Report of the Indian Hemp Drugs Commission, 1894-1895 - Volume VI
Year: 1894
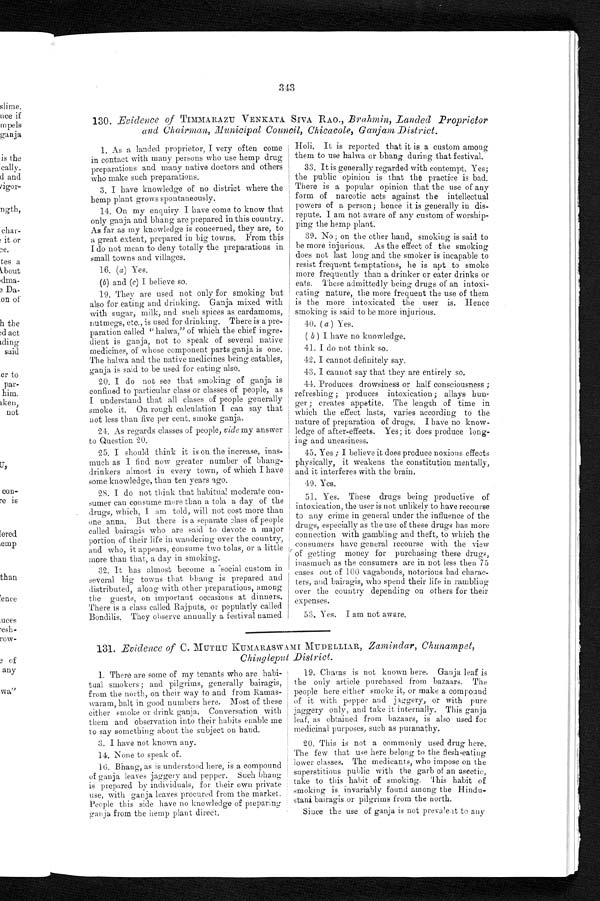
343
130. Evidence of TIMMARAZU VENKATA SIVA RAO., Brahmin, Landed Proprietor
and Chairman, Municipal Council, Chicacole, Ganjam District.
1. As a landed proprietor, I very often come
in contact with many persons who use hemp drug
preparations and many native doctors and others
who make such preparations.
3. I have knowledge of no district where the
hemp plant grows spontaneously.
14. On my enquiry I have come to know that
only ganja and bhang are prepared in this country.
As far as my knowledge is concerned, they are, to
a great extent, prepared in big towns. From this
I do not mean to deny totally the preparations in
small towns and villages.
16. (a) Yes.
( b) and (c) I believe so.
19. They are used not only for smoking but
also for eating and drinking. Ganja mixed with
with sugar, milk, and such spices as cardamoms,
nutmegs, etc., is used for drinking. There is a pre-
paration called "halwa," of which the chief ingre-
dient is ganja, not to speak of several native
medicines, of whose component parts ganja is one.
The halwa and the native medicines being eatables,
ganja is said to be used for eating also.
20. I do not see that smoking of ganja is
confined to particular class or classes of people, as
I understand that all clases of people generally
smoke it. On rough calculation I can say that
not less than five per cent. smoke ganja.
24. As regards classes of people, vide my answer
to Question 20.
25. I should think it is on the increase, inas-
much as I find now greater number of bhang-
drinkers almost in every town, of which I have
some knowledge, than ten years ago.
28. I do not think that habitual moderate con-
sumer can consume more than a tola a day of the
drugs, which, I am told, will not cost more than
one anna. But there is a separate class of people
called bairagis who are said to devote a major
portion of their life in wandering over the country,
and who, it appears, consume two tolas, or a little
more than that, a day in smoking.
32. It has almost become a social custom in
several big towns that bhang is prepared and
distributed, along with other preparations, among
the guests, on important occasions at dinners.
There is a class called Rajputs, or popularly called
Bondilis. They observe annually a festival named
Holi. It is reported that it is a custom among
them to use halwa or bhang during that festival.
33. It is generally regarded with contempt. Yes;
the public opinion is that the practice is bad.
There is a popular opinion that the use of any
form of narcotic acts against the intellectual
powers of a person; hence it is generally in dis-
repute. I am not aware of any custom of worship-
ping the hemp plant.
39. No; on the other hand, smoking is said to
be more injurious. As the effect of the smoking
does not last long and the smoker is incapable to
resist frequent temptations, he is apt to smoke
more frequently than a drinker or eater drinks or
eats. These admittedly being drugs of an intoxi-
cating nature, the more frequent the use of them
is the more intoxicated the user is. Hence
smoking is said to be more injurious.
40. ( a ) Yes.
( b ) I have no knowledge.
41. I do not think so.
42. I cannot definitely say.
43. I cannot say that they are entirely so.
44. Produces drowsiness or half consciousness ;
refreshing ; produces intoxication ; allays hun-
ger ; creates appetite. The length, of time in
which the effect lasts, varies according to the
nature of preparation of drugs. I have no know-
ledge of after-effects. Yes; it does produce long-
ing and uneasiness.
45. Yes ; I believe it does produce noxious effects
physically, it weakens the constitution mentally,
and it interferes with the brain.
49. Yes.
51. Yes. These drugs being productive of
intoxication, the user is not unlikely to have recourse
to any crime in general under the influence of the
drugs, especially as the use of these drugs has more
connection with gambling and theft, to which the
consumers have general recourse with the view
of getting money for purchasing these drugs,
inasmuch as the consumers are in not less then 75
cases out of 100 vagabonds, notorious bad charac-
ters, and bairagis, who spend their life in rambling
over the country depending on others for their
expenses.
53. Yes. I am not aware.
131. Evidence of C. MUTHU KUMARASWAMI MUDELLIAR, Zamindar, Chunampet,
Chingleput District.
1. There are some of my tenants who are habi-
tual smokers; and pilgrims, generally bairagis,
from the north, on their way to and from Ramas-
waram, halt in good numbers here. Most of these
either smoke or drink ganja. Conversation with
them and observation into their habits enable me
to say something about the subject on hand.
3. I have not known any.
14. None to speak of.
16. Bhang, as is understood here, is a compound
of ganja leaves jaggery and pepper. Such bhang
is prepared by individuals, for their own private
use, with ganja leaves procured from the market.
People this side have no knowledge of preparing
ganja from the hemp plant direct.
19. Charas is not known here. Ganja leaf is
the only article purchased from bazaars. The
people here either smoke it, or make a compound
of it with pepper and jaggery, or with pure
jaggery only, and take it internally. This ganja
leaf, as obtained from bazaars, is also used for
medicinal purposes, such as puranathy.
20. This is not a commonly used drug here.
The few that use here belong to the flesh-eating
lower classes. The medicants, who impose on the
superstitious public with the garb of an ascetic,
take to this habit of smoking. This habit of
smoking is invariably found among the Hindu-
stani bairagis or pilgrims from the north.
Since the use of ganja is not prevalent to any